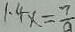
1 . 4 x = \frac { 7 } { a }